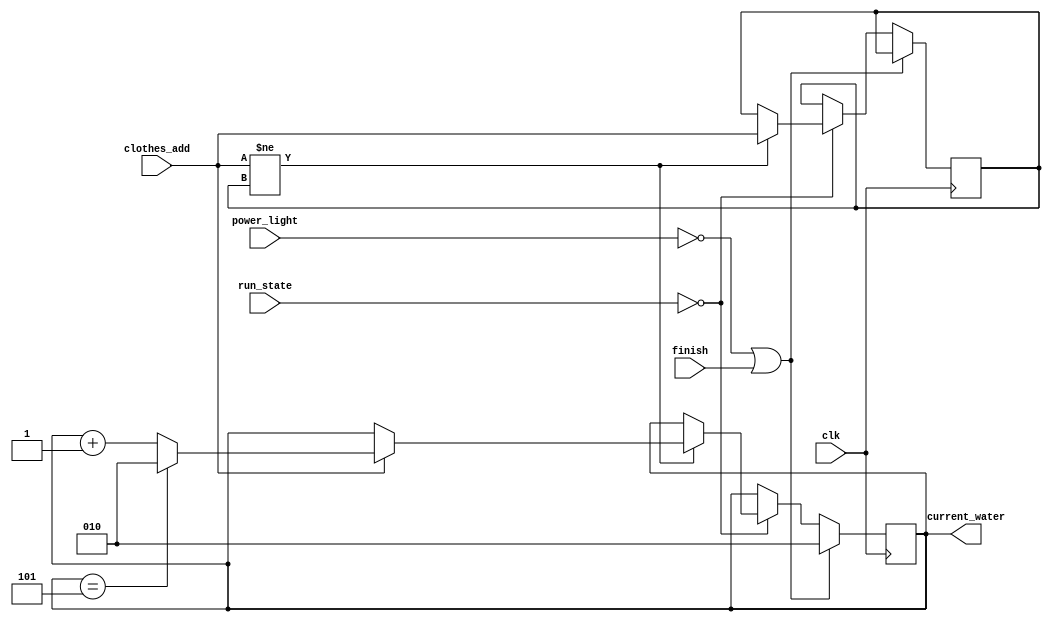
`timescale 1 ns / 1 ps
module water_amount (clk,power_light,run_state,finish,clothes_add,current_water);
    input clk,power_light,finish,clothes_add;
    input [1:0] run_state;
    output reg [2:0] current_water;
    
    reg clothes_add_flag;

    initial 
        begin
          current_water<=0;
          clothes_add_flag<=0;
        end
    
    always @ (posedge clk)
        begin
          if (power_light==1'b0||finish==1'b1) //
            current_water<=3'b010;
          else if (run_state==2'b00) //
            begin
               if (clothes_add!=clothes_add_flag)
                  begin
                    if(clothes_add==1'b1)
                        begin
                           if (current_water==3'b101)
                            begin current_water<=3'b010; clothes_add_flag<=clothes_add;end
                           else 
                            begin current_water<=current_water+1;clothes_add_flag<=clothes_add;end
                        end
                    else
                        clothes_add_flag<=clothes_add;
                  end
               else
                  current_water<=current_water;
            end
          else //
            current_water<=current_water;
        end
endmodule